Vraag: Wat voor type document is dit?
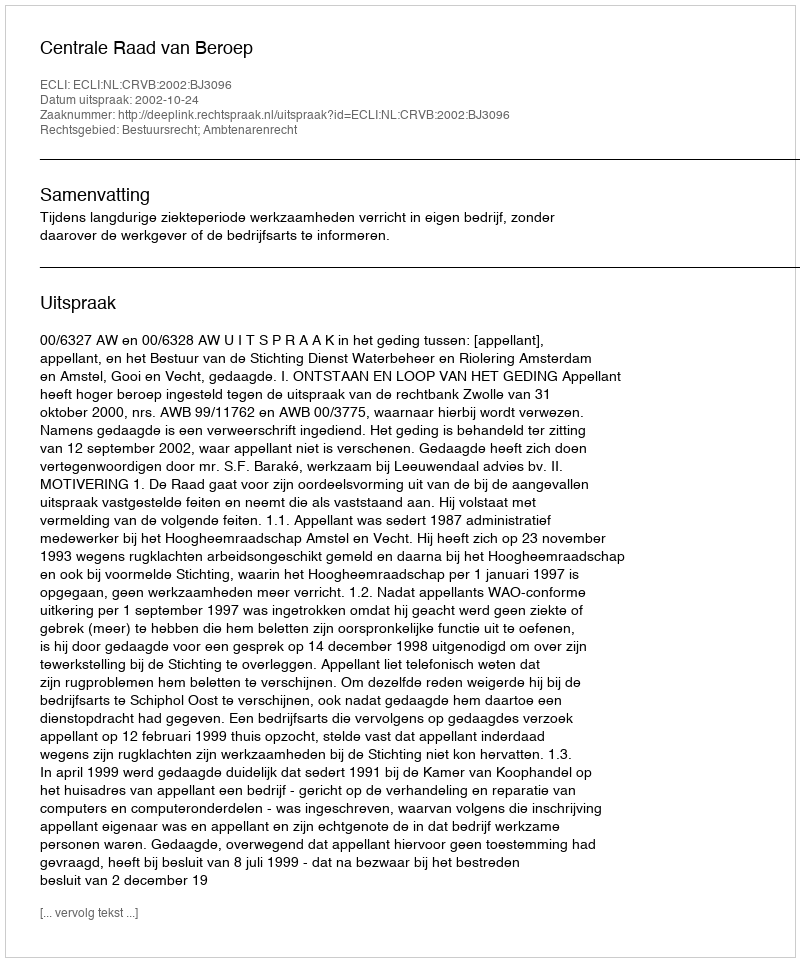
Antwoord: Uitspraak